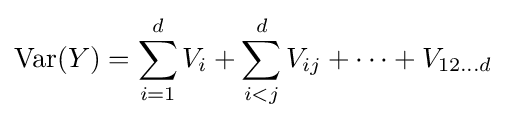
\operatorname {Var} (Y)=\sum _{i=1}^{d}V_{i}+\sum _{i<j}^{d}V_{ij}+\cdots +V_{12\dots d}